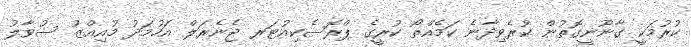
ކުރުމަކީ ގާނޫނީގޮތުން ކުރެވިދާނެ ކަމެއްތޯ ކުރީގެ ޕްރޮސެކިއުޓަރ ޖެނެރަލް އަހުމަދު މުއިއްޒު ސުވާލު